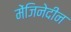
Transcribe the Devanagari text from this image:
मेंजिनेदीन